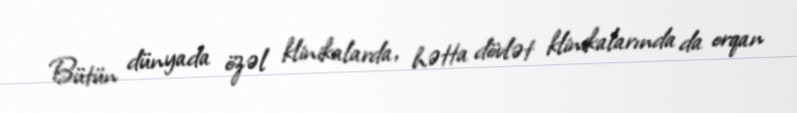
Bütün dünyada özəl klinikalarda, hətta dövlət klinikalarında da orqan